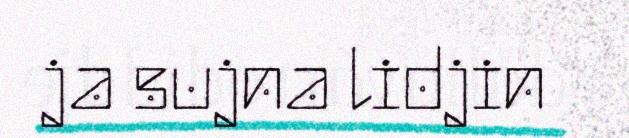
ja sujna lidjin